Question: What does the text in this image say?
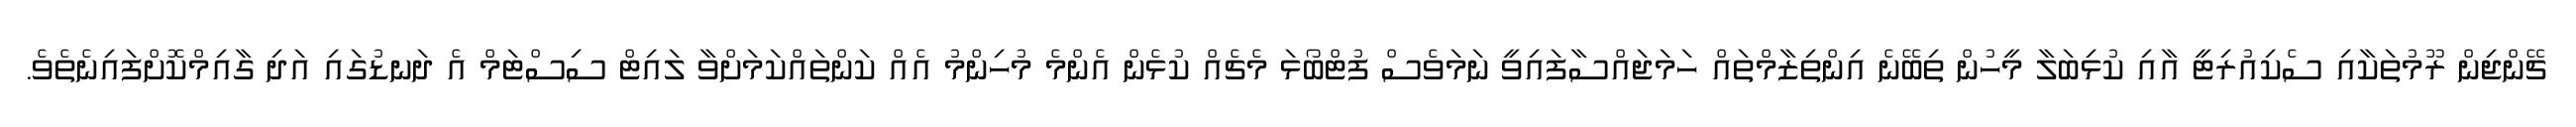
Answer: ޗޭންޖިން ރޫމުތަކާއި ސެކިއުރިޓީ އާއި ކުޅިބަލާ މީހުން ތިބޭނެ އިންތިޒާމްތައް ހަމަޖައްސާފައިވީ ނަމަވެސް ފުޓްބޯޅަ މެޗެއް ކުޅެން އެންމެ މުހިންމު އެއް ކަންތައްކަމަށްވާ ލައިޓް ސިސްޓަމް އެ ދަނޑުގައި އަދި ގާއިމްކޮށްފައިނެތެވެ.